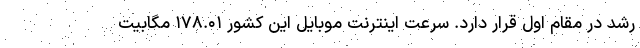
رشد در مقام اول قرار دارد. سرعت اینترنت موبایل این کشور ۱۷۸.۰۱ مگابیت